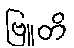
ဗြူတိ